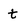
Character: t